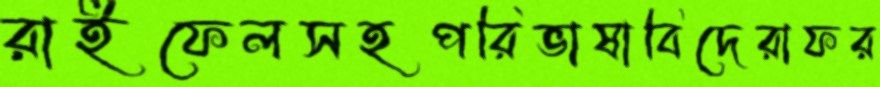
রাইফেলসহপরিভাষাবিদেরাফর